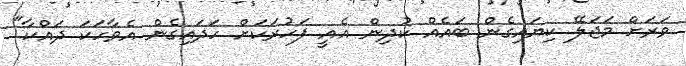
ވަރަށް މަޖަލޭ ކިޔައިގެން ބައެއް ކުދިން އެއީ ފަހުރަކަށް ހަދައިގެން އެވާހަކަ ދައްކާ"